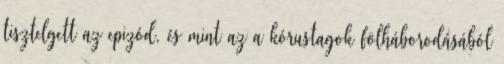
tisztelgett az epizód, és mint az a kórustagok fölháborodásából